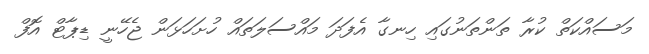
މަސައްކަތް ކުރާ ތަންތަނުގައި ހިނގާ އެފަދަ މައްސަލަތައް ހުށަހަޅަން ޖެހޭނީ ޑިޕާޓް އޮފް